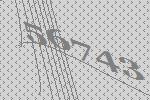
56743